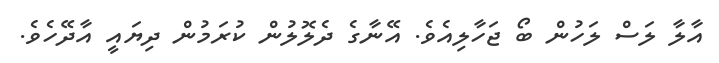
އާލާ ލަސް ލަހުން ބޯ ޖަހާލިއެވެ. އޭނާގެ ދެލޮލުން ކުރަމުން ދިޔައީ އާދޭހެވެ.